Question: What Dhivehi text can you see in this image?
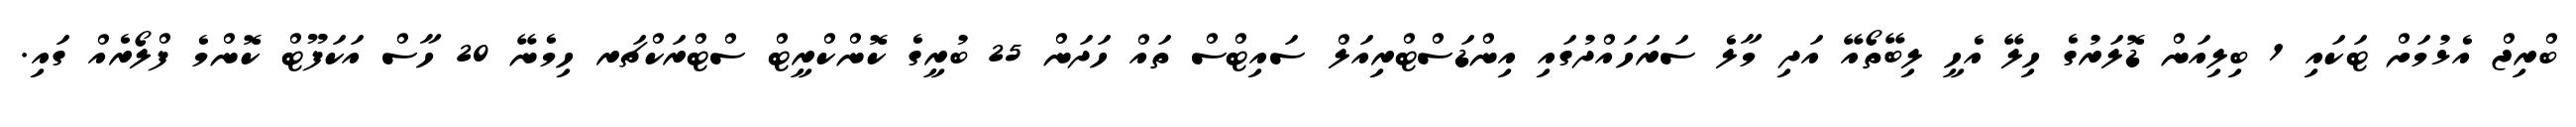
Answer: ބްރިޖް އެޅުމަށް ޓަކައި 1 ބިލިއަން ޑޮލަރުގެ ހިލޭ އެހީ ލިބޭތޯއޭ އަދި މާލެ ސަރަހައްދުގައި އިންޑަސްޓްރިއަލް ސައިޓްސް ތައް ހަދަން 25 ބުރީގެ ކޮންކްރީޓް ސްޓްރަކްޗަރ ހިމެނޭ 20 ހާސް އަކަފޫޓް ކޮންމެ ފްލޯރެއް ގައި.